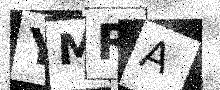
Text: YMRA